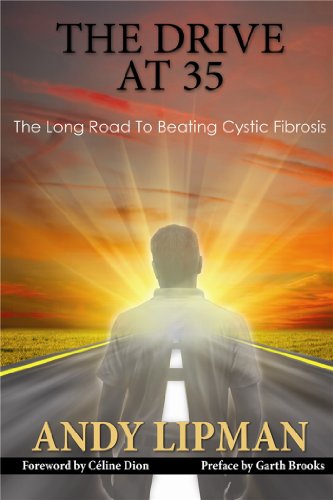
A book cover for The Drive At 35: The Long Road to Beating Cystic Fibrosis; Andy Lipman; Health, Fitness & Dieting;